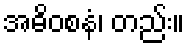
အဓိဝစနံ၊ တည်း။